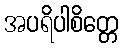
အပရိပါစိတ္တေ